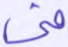
فى